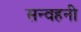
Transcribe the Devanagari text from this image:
सन्वहनी